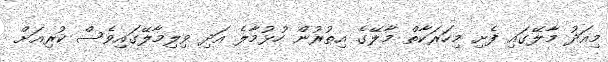
މިއަދު މާލޭގައި ފެށި މިހަރަކާތް މާލޭގެ އިތުރުން ހުޅުމާލެ އަދި ވިލިމާލޭގައިވެސް ކުރިއަށް